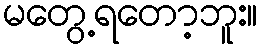
မတွေ့ရတော့ဘူး။